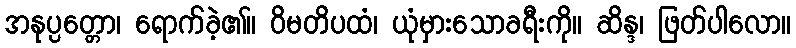
အနုပ္ပတ္တော၊ ရောက်ခဲ့၏။ ဝိမတိပထံ၊ ယုံမှားသောခရီးကို။ ဆိန္ဒ၊ ဖြတ်ပါလော။